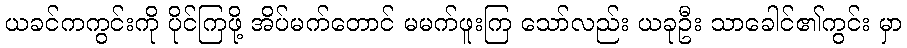
ယခင်ကကွင်းကို ပိုင်ကြဖို့ အိပ်မက်တောင် မမက်ဖူးကြ သော်လည်း ယခုဦး သာခေါင်၏ကွင်း မှာ